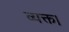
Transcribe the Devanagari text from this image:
व्यक्त।